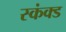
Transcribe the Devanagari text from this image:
स्कंक्ड